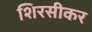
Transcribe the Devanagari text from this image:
शिरसीकर